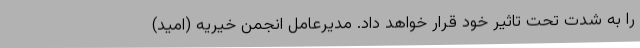
را به شدت تحت تاثیر خود قرار خواهد داد. مدیرعامل انجمن خیریه (امید)